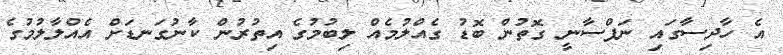
އެ ހާދިސާގައި ނަފްސާނީ ގޮތުން ބޮޑު ގެއްލުމެއް ލިބުމުގެ އިތުރުން ކާނުގަނޑަށް އެއްލާލުމުގެ